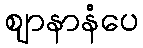
ဈာနာနံပေ